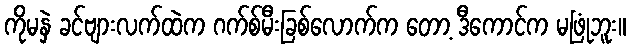
ကိုမနှဲ ခင်ဗျားလက်ထဲက ဂက်စ်မီးခြစ်လောက်က တော့ ဒီကောင်က မဖြုံဘူး။